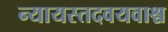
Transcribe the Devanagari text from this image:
न्यायस्तदवयवाश्च